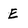
Character: E